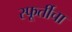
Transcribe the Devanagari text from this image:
स्फूर्तीचा